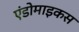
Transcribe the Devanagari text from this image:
एंडोमाइकस